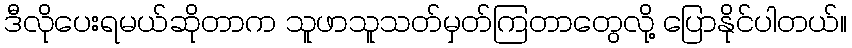
ဒီလိုပေးရမယ်ဆိုတာက သူဖာသူသတ်မှတ်ကြတာတွေလို့ ပြောနိုင်ပါတယ်။